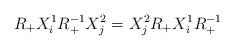
LaTeX: \begin{align*}R_{+}X_{i}^{1}R_{+}^{-1}X_{j}^{2}=X_{j}^{2}R_{+}X_{i}^{1}R_{+}^{-1}\end{align*}